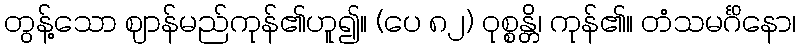
တွန့်သော ဈာန်မည်ကုန်၏ဟူ၍။ (ပေ ၈၂) ဝုစ္စန္တိ၊ ကုန်၏။ တံသမင်္ဂိနော၊